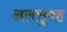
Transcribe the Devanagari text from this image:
अलसुबह